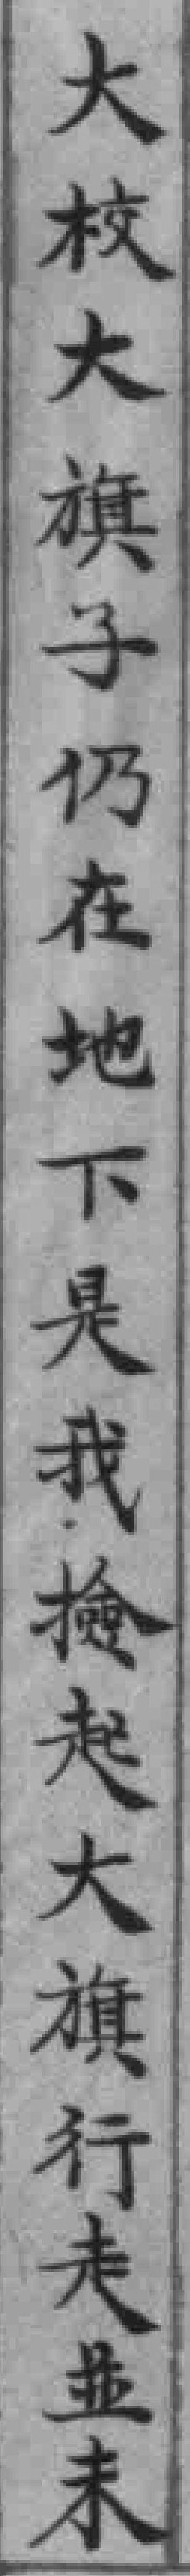
大校大旗子仍在地下是我檢起大旗行走並未